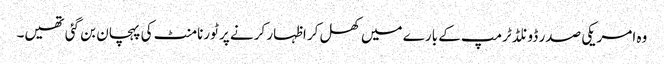
وہ امریکی صدر ڈونلڈ ٹرمپ کے بارے میں کھل کر اظہار کرنے پر ٹورنامنٹ کی پہچان بن گئی تھیں۔